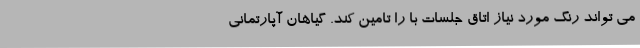
می تواند رنگ مورد نیاز اتاق جلسات با را تامین کند. گیاهان آپارتمانی